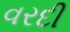
વરદી